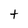
Character: t